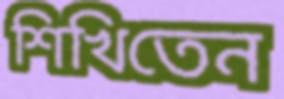
শিখিতেন